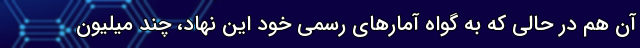
آن هم در حالی که به گواه آمار‌های رسمیِ خود این نهاد، چند میلیون